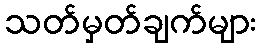
သတ်မှတ်ချက်များ